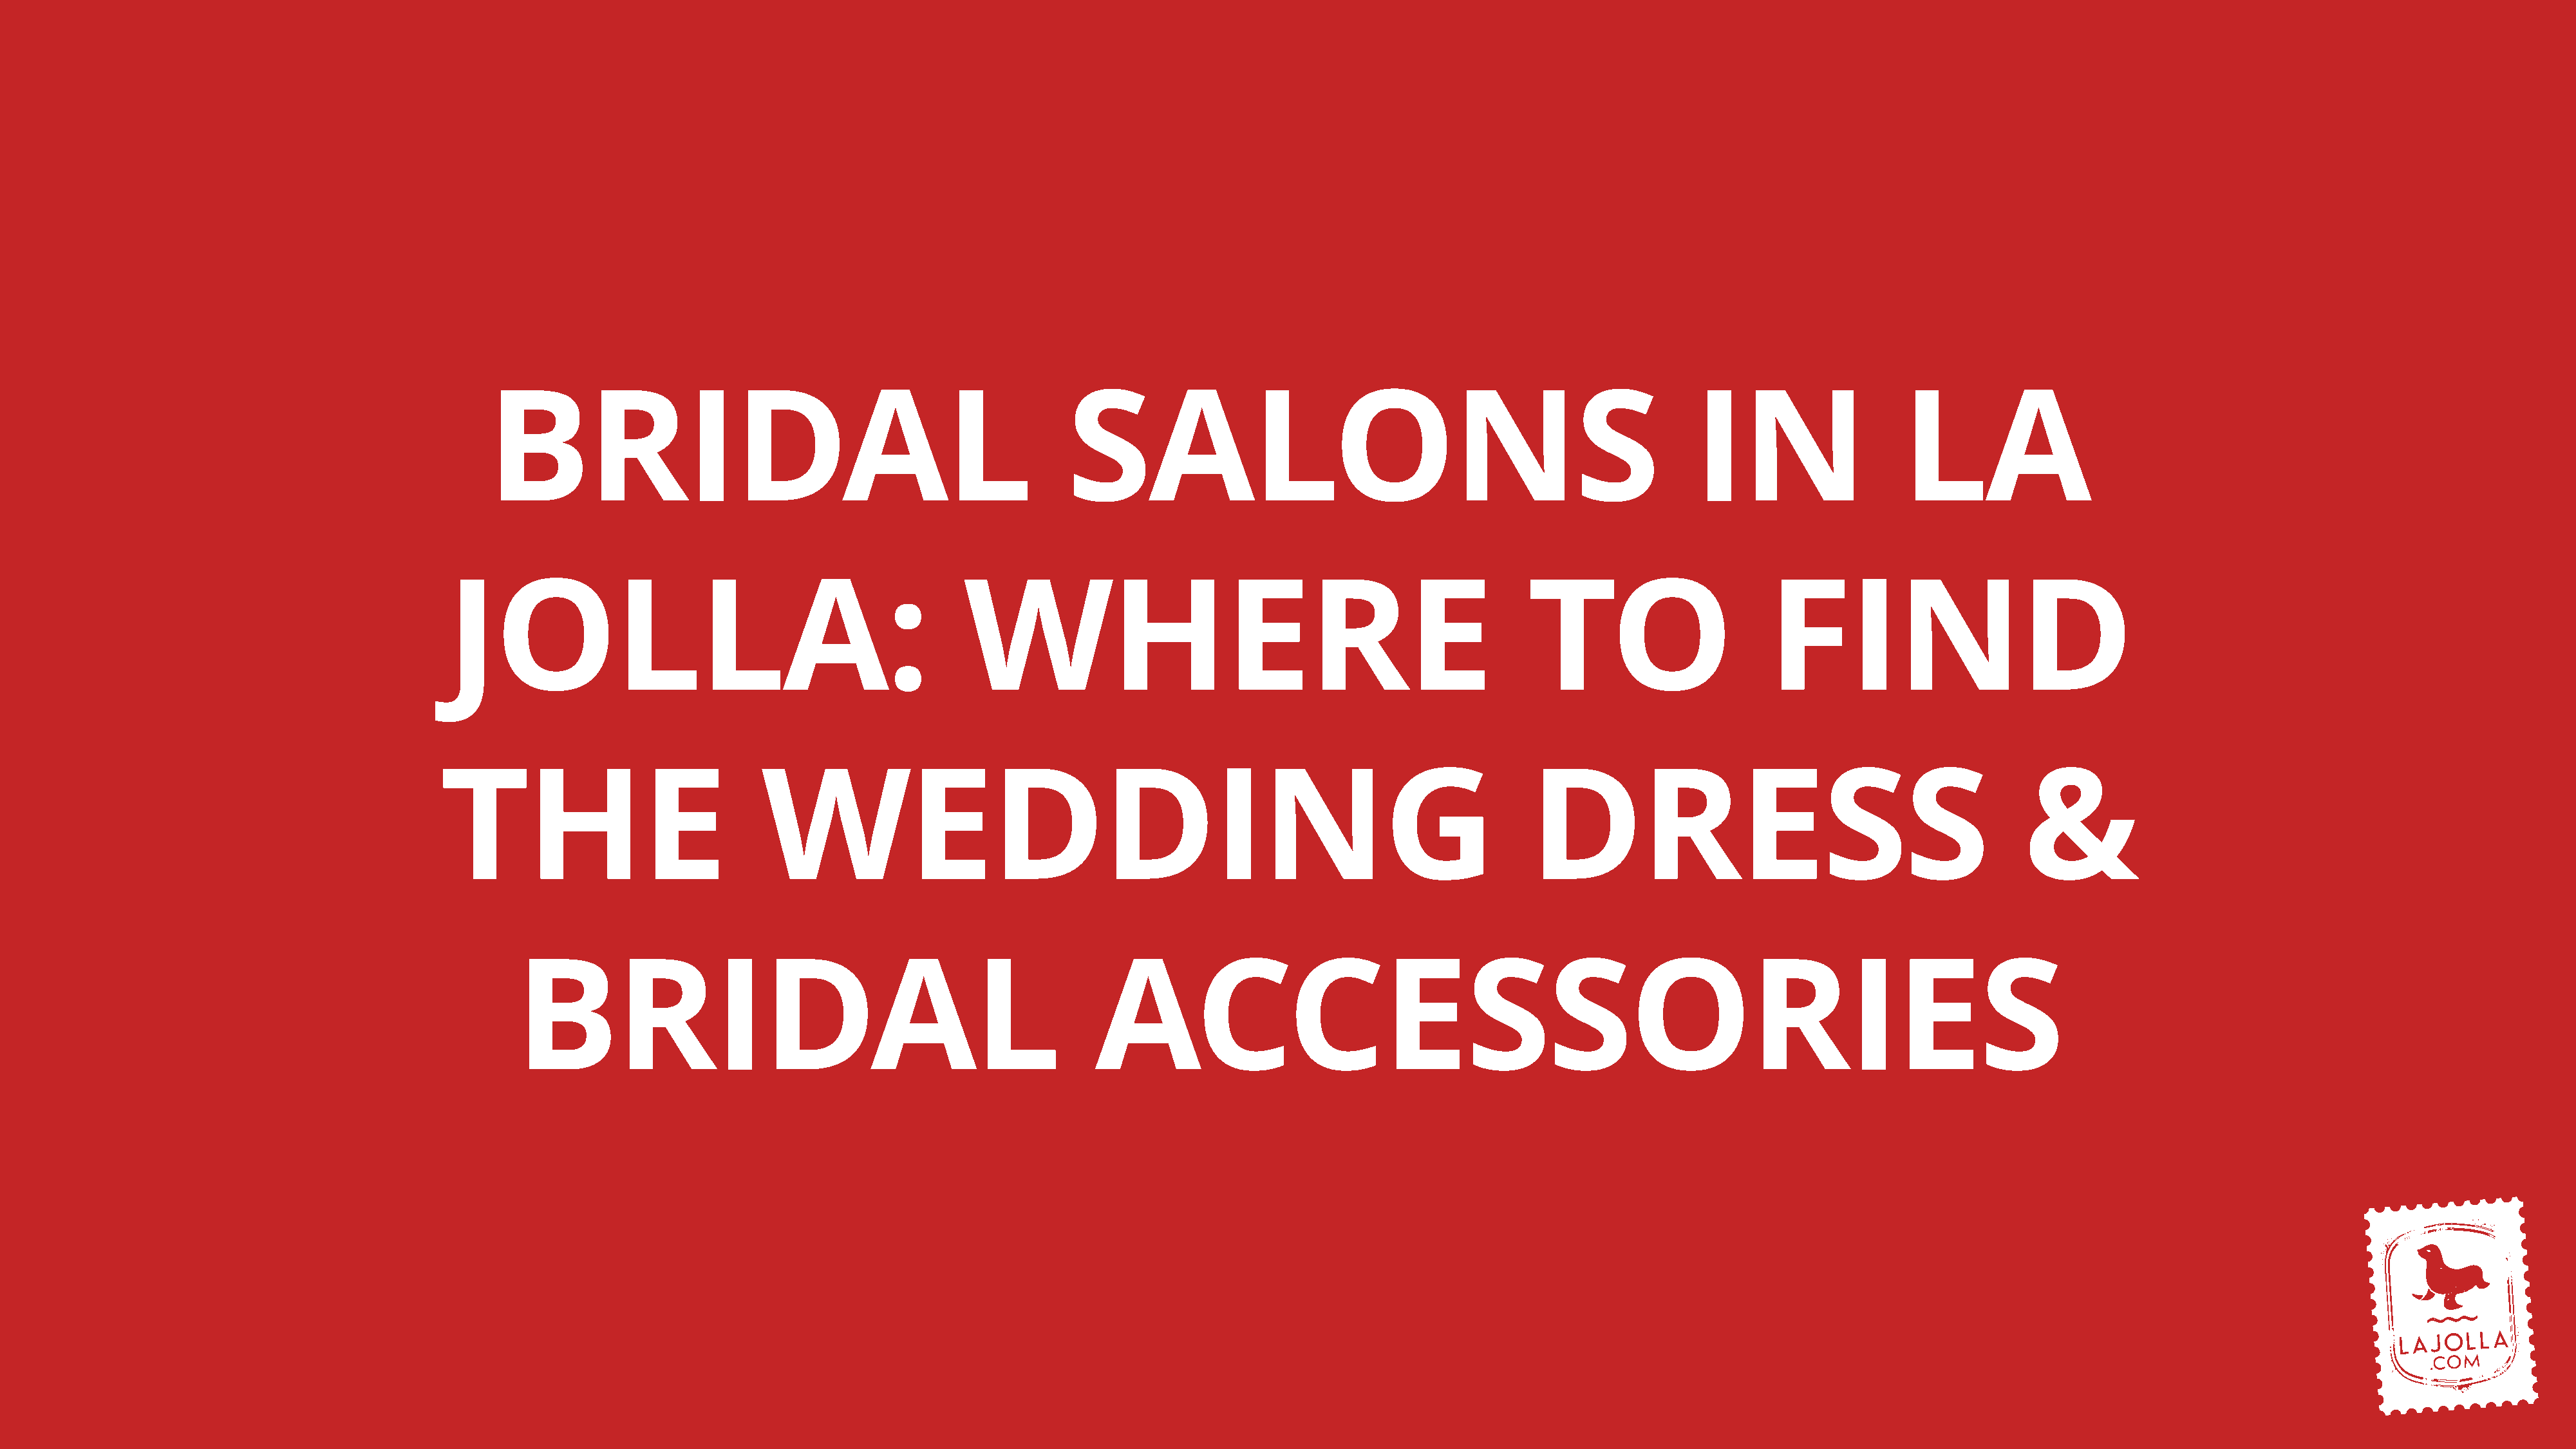
BRIDAL                                                      SALONS                                                          IN                   LA
 JOLLA:                                               WHERE                                                     TO                       FIND
 THE                              WEDDING                                                                        DRESS                                              &
 BRIDAL                                                      ACCESSORIES